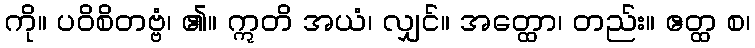
ကို။ ပဝိစိတဗ္ဗံ၊ ၏။ ဣတိ အယံ၊ လျှင်။ အတ္ထော၊ တည်း။ ဧတ္ထ စ၊